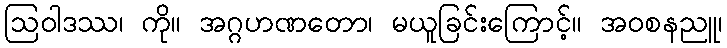
ဩဝါဒဿ၊ ကို။ အဂ္ဂဟဏတော၊ မယူခြင်းကြောင့်။ အဝစနညူ၊